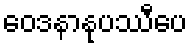
ဝေဒနာနုပဿီပေ